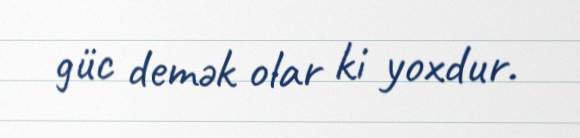
güc demək olar ki yoxdur.